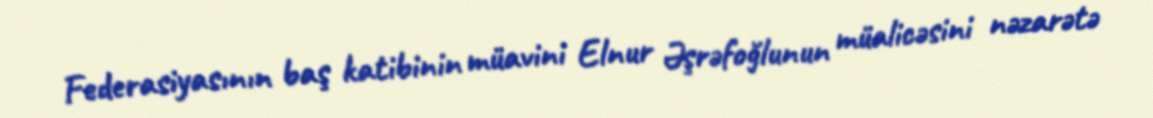
Federasiyasının baş katibinin müavini Elnur Əşrəfoğlunun müalicəsini nəzarətə